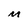
Character: M